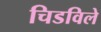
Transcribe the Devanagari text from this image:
चिडविले